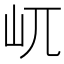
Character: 屼